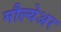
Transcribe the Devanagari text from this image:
मौल्येअर